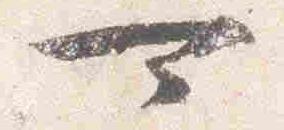
可